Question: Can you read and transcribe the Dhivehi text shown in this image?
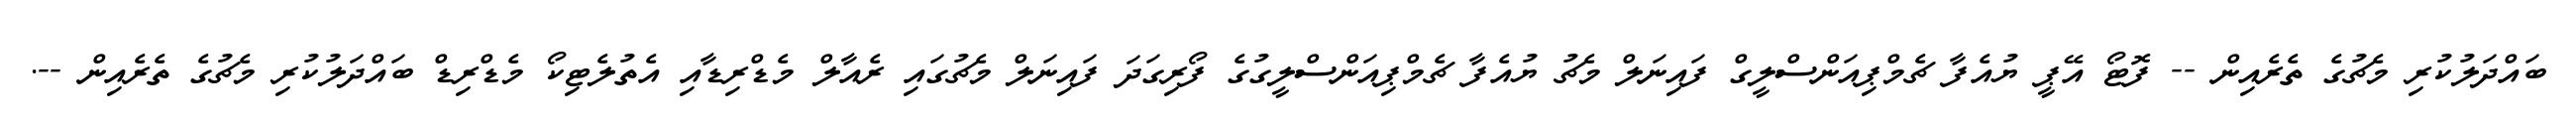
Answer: ބައްދަލުކުރި މެޗުގެ ތެރެއިން -- ފޮޓޯ އޭޕީ ޔުއެފާ ޗެމްޕިއަންސްލީގް ފައިނަލް މެޗު ޔުއެފާ ޗެމްޕިއަންސްލީގުގެ ފޯރިގަދަ ފައިނަލް މެޗުގައި ރެއާލް މެޑްރިޑާއި އެތުލެޓިކޯ މެޑްރިޑް ބައްދަލުކުރި މެޗުގެ ތެރެއިން --.